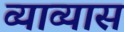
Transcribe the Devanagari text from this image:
व्याव्यास